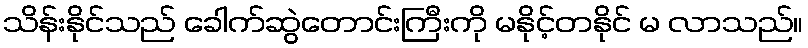
သိန်းနိုင်သည် ခေါက်ဆွဲတောင်းကြီးကို မနိုင့်တနိုင် မ လာသည်။